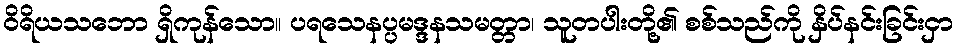
ဝိရိယသဘော ရှိကုန်သော။ ပရသေနပ္ပမဒ္ဒနသမတ္တာ၊ သူတပါးတို့၏ စစ်သည်ကို နှိပ်နင်းခြင်းငှာ